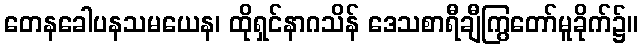
တေနခေါပနသမယေန၊ ထိုရှင်နာဂသိန် ဒေသစာရီချီကြွတော်မူခိုက်၌။